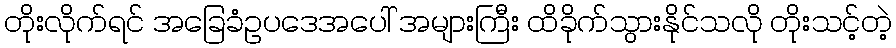
တိုးလိုက်ရင် အခြေခံဥပဒေအပေါ် အများကြီး ထိခိုက်သွားနိုင်သလို တိုးသင့်တဲ့